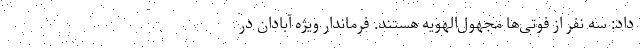
داد: سه نفر از فوتی‌ها مجهول‌الهویه هستند. فرماندار ویژه آبادان در